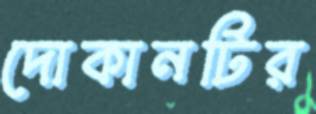
দোকানটির